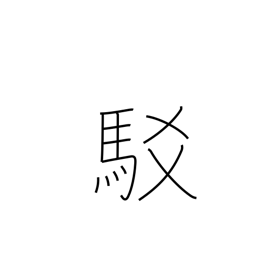
Meaning: refutation